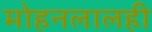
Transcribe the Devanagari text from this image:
मोहनलालही